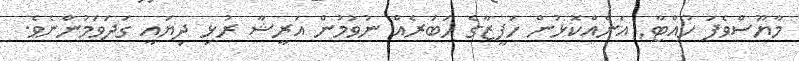
މާޔޫސްވެފަ ހުއްޓާ